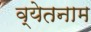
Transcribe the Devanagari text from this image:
व्येतनाम